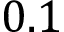
0 . 1